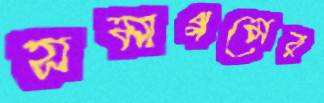
সমাগমের